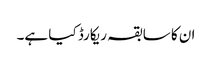
ان کا سابقہ ریکارڈ کیا ہے۔